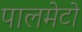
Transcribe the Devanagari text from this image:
पालमेटो